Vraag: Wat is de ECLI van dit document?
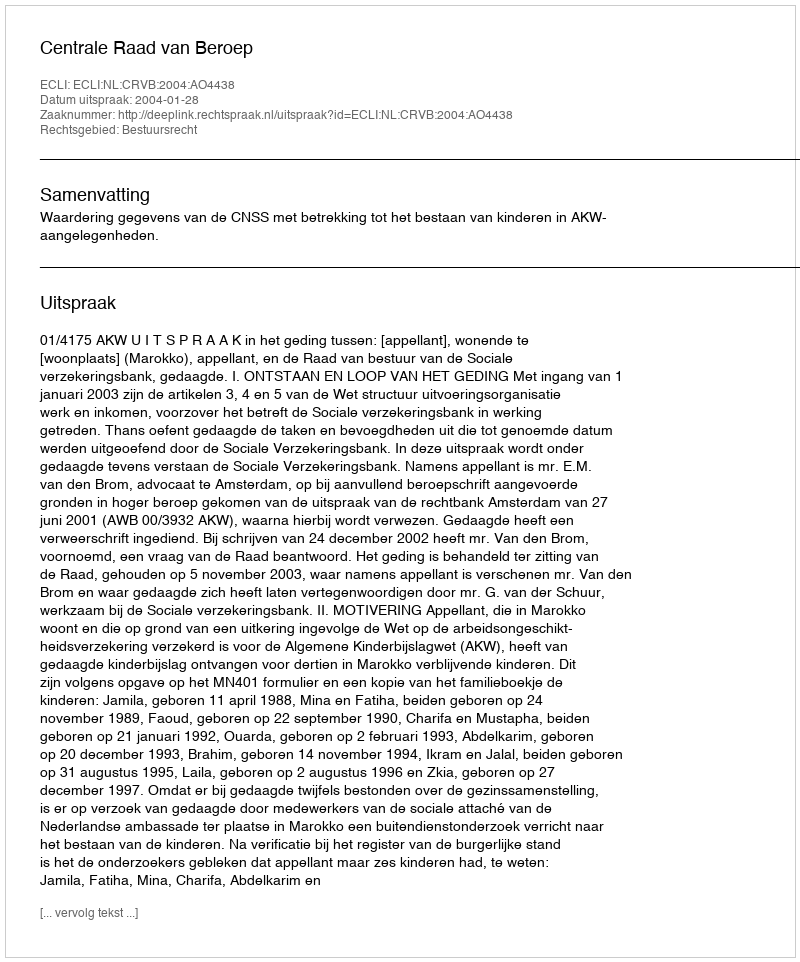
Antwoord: ECLI:NL:CRVB:2004:AO4438